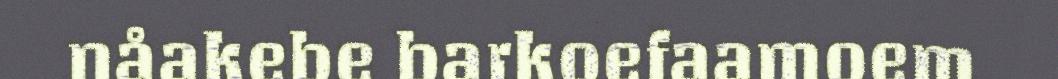
nåakebe barkoefaamoem